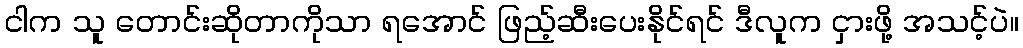
ငါက သူ တောင်းဆိုတာကိုသာ ရအောင် ဖြည့်ဆီးပေးနိုင်ရင် ဒီလူက ငှားဖို့ အသင့်ပဲ။